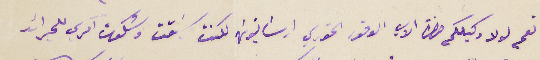
نعم لولا وكيلكم حضرة الاب الوقور الخوري ارسَانيوسَ لكنت سَبقت وشكوت آمرى للجرائد